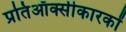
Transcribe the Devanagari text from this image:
प्रतिऑक्सीकारकों